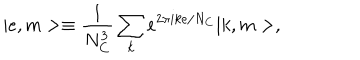
| e , m > \equiv \frac { 1 } { N _ { C } ^ { 3 } } \sum _ { k } e ^ { 2 \pi i k e / N _ { C } } | k , m > ,